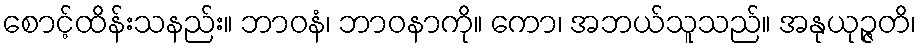
စောင့်ထိန်းသနည်း။ ဘာဝနံ၊ ဘာဝနာကို။ ကော၊ အဘယ်သူသည်။ အနုယုဉ္ဇတိ၊